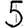
Digit: 5